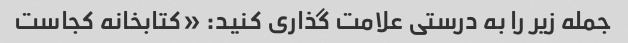
جمله زیر را به درستی علامت گذاری کنید: «کتابخانه کجاست